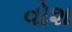
વોશ